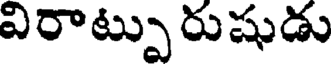
విరాట్పు రుషుడు